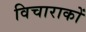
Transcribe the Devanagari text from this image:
विचाराकों